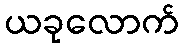
ယခုလောက်